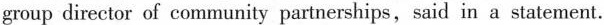
group director of community partnerships, said in a statement.